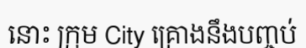
នោះ ក្រុម City គ្រោងនឹងបញ្ចប់